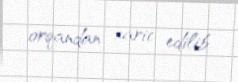
orqandan xaric edilib.